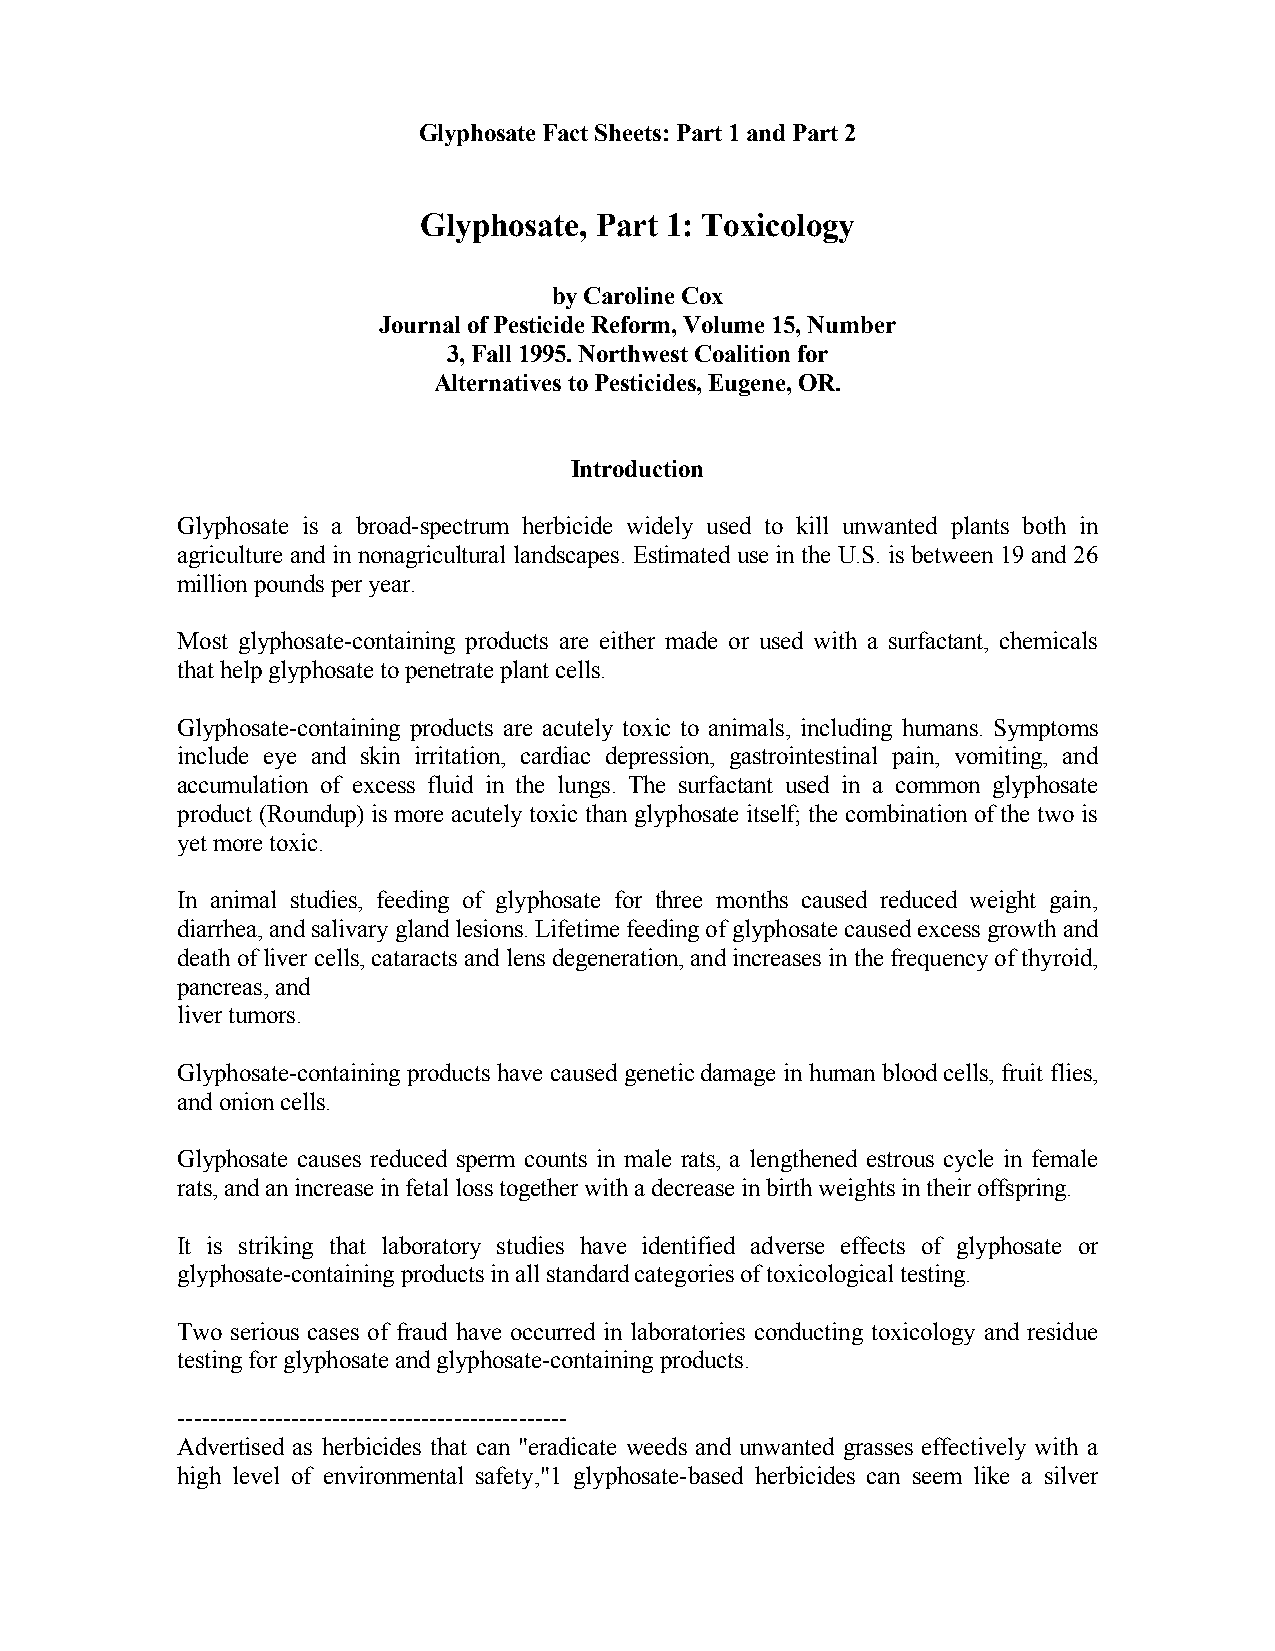
Glyphosate Fact Sheets: Part 1 and Part 2
 Glyphosate, Part 1: Toxicology
 by Caroline Cox
 Journal of Pesticide Reform, Volume 15, Number
 3, Fall 1995. Northwest Coalition for
 Alternatives to Pesticides, Eugene, OR.
 Introduction
 Glyphosate is a broad-spectrum herbicide widely used to kill unwanted plants both in
 agriculture and in nonagricultural landscapes. Estimated use in the U.S. is between 19 and 26
 million pounds per year.
 Most glyphosate-containing products are either made or used with a surfactant, chemicals
 that help glyphosate to penetrate plant cells.
 Glyphosate-containing products are acutely toxic to animals, including humans. Symptoms
 include eye and skin irritation, cardiac depression, gastrointestinal pain, vomiting, and
 accumulation of excess fluid in the lungs. The surfactant used in a common glyphosate
 product (Roundup) is more acutely toxic than glyphosate itself; the combination of the two is
 yet more toxic.
 In animal studies, feeding of glyphosate for three months caused reduced weight gain,
 diarrhea, and salivary gland lesions. Lifetime feeding of glyphosate caused excess growth and
 death of liver cells, cataracts and lens degeneration, and increases in the frequency of thyroid,
 pancreas, and
 liver tumors.
 Glyphosate-containing products have caused genetic damage in human blood cells, fruit flies,
 and onion cells.
 Glyphosate causes reduced sperm counts in male rats, a lengthened estrous cycle in female
 rats, and an increase in fetal loss together with a decrease in birth weights in their offspring.
 It is striking that laboratory studies have identified adverse effects of glyphosate or
 glyphosate-containing products in all standard categories of toxicological testing.
 Two serious cases of fraud have occurred in laboratories conducting toxicology and residue
 testing for glyphosate and glyphosate-containing products.
 ------------------------------------------------
 Advertised as herbicides that can "eradicate weeds and unwanted grasses effectively with a
 high level of environmental safety,"1 glyphosate-based herbicides can seem like a silver